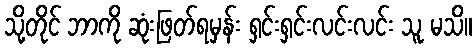
သို့တိုင် ဘာကို ဆုံးဖြတ်ရမှန်း ရှင်းရှင်းလင်းလင်း သူ မသိ။